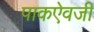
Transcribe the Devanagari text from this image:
पाकऐवजी